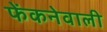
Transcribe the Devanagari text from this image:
फेंकनेवाली